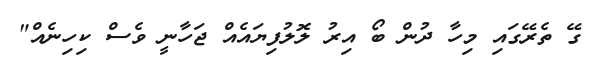
ގޭ ތެރޭގައި މިހާ ދުން ބޯ އިރު ލޮލުފިޔައެއް ޖަހާނީ ވެސް ކިހިނެއް"